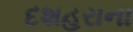
દશહરાના